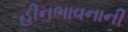
હીનભાવનાની